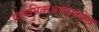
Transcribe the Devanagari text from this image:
प्राथमिकआरोग्यकेंद्र